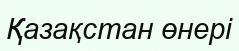
Қазақстан өнері